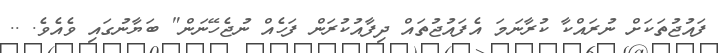
ފައުޖުތަކަށް ނުރައްކާ ކުރާނަމަ އެފައުޖުތައް ދިފާއުކުރަން ފަހެއް ނުޖެހޭނަން" ބަޔާނުގައި ވެއެވެ. ..